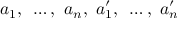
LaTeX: a _ { 1 } { \mathrm { , ~ } } \ldots { } { \mathrm { , ~ } } a _ { n } { \mathrm { , ~ } } a _ { 1 } ^ { \prime } { \mathrm { , ~ } } \ldots { } { \mathrm { , ~ } } a _ { n } ^ { \prime }